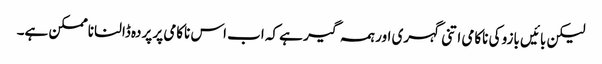
لیکن بائیں بازو کی ناکامی اتنی گہری اور ہمہ گیر ہے کہ اب اس ناکامی پر پردہ ڈالنا ناممکن ہے۔